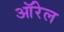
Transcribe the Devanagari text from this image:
ऑरेल